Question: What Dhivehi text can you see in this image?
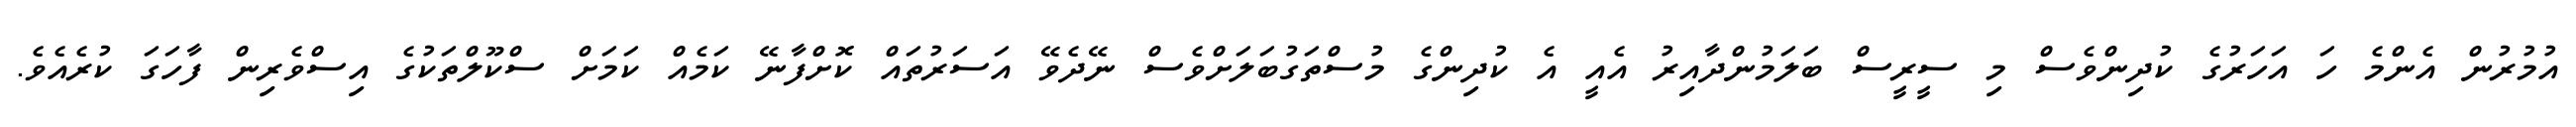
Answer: އުމުރުން އެންމެ ހަ އަހަރުގެ ކުދިންވެސް މި ސީރީސް ބަލަމުންދާއިރު އެއީ އެ ކުދިންގެ މުސްތަގުބަލަށްވެސް ނޭދެވޭ އަސަރުތައް ކޮށްފާނޭ ކަމެއް ކަމަށް ސްކޫލްތަކުގެ އިސްވެރިން ފާހަގަ ކުރެއެވެ.